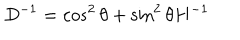
D ^ { - 1 } = \cos ^ { 2 } \theta + \sin ^ { 2 } \theta H ^ { - 1 }